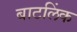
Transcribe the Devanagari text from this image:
बाटलिंक